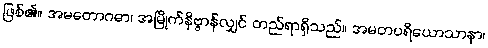
ဖြစ်၏။ အမတောဂဓာ၊ အမြိုက်နိဗ္ဗာန်လျှင် တည်ရာရှိသည်။ အမတပရိယောသာနာ၊